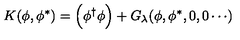
K ( \phi , \phi ^ { * } ) = \Big ( \phi ^ { \dagger } \phi \Big ) + G _ { \lambda } ( \phi , \phi ^ { * } , 0 , 0 \cdots )